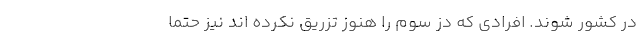
در کشور شوند. افرادی که دُز سوم را هنوز تزریق نکرده اند نیز حتما